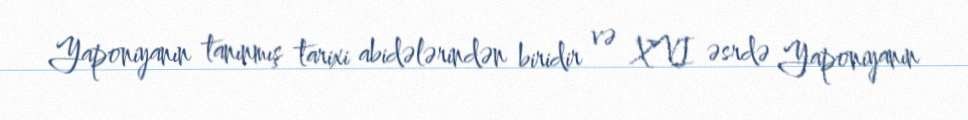
Yaponiyanın tanınmış tarixi abidələrindən biridir və XVI əsrdə Yaponiyanın